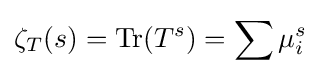
\zeta _{T}(s)=\operatorname {Tr} (T^{s})=\sum {\mu _{i}^{s}}